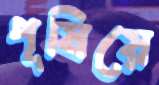
পূষিয়ে